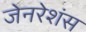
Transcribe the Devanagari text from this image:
जेनरेशंस